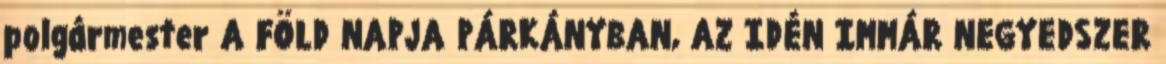
polgármester A FÖLD NAPJA PÁRKÁNYBAN, AZ IDÉN IMMÁR NEGYEDSZER